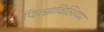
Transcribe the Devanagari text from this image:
फित्झविलियम